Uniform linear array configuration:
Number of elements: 16
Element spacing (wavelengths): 0.75
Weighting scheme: exponential
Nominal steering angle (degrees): -15
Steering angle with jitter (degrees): -14.435
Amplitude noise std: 0.05
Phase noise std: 0.05

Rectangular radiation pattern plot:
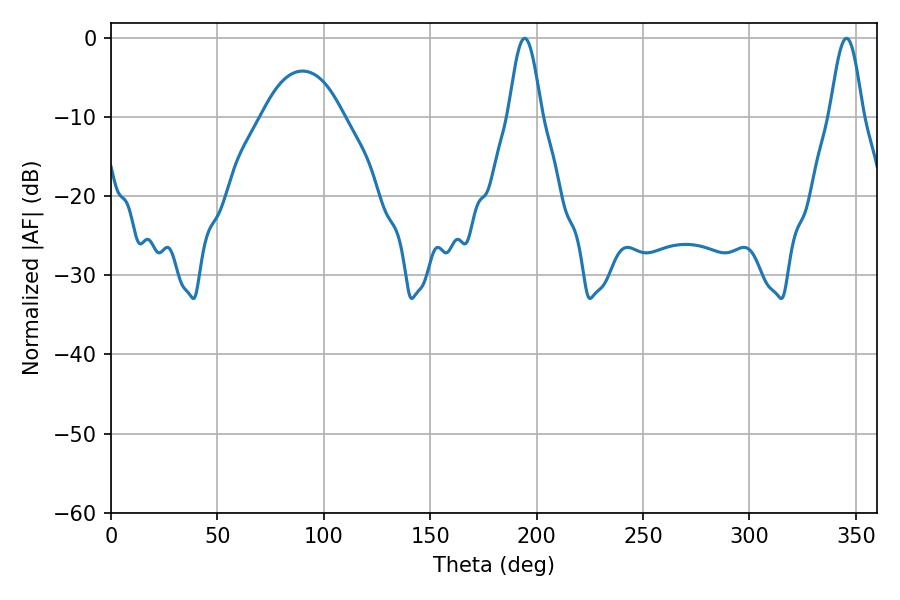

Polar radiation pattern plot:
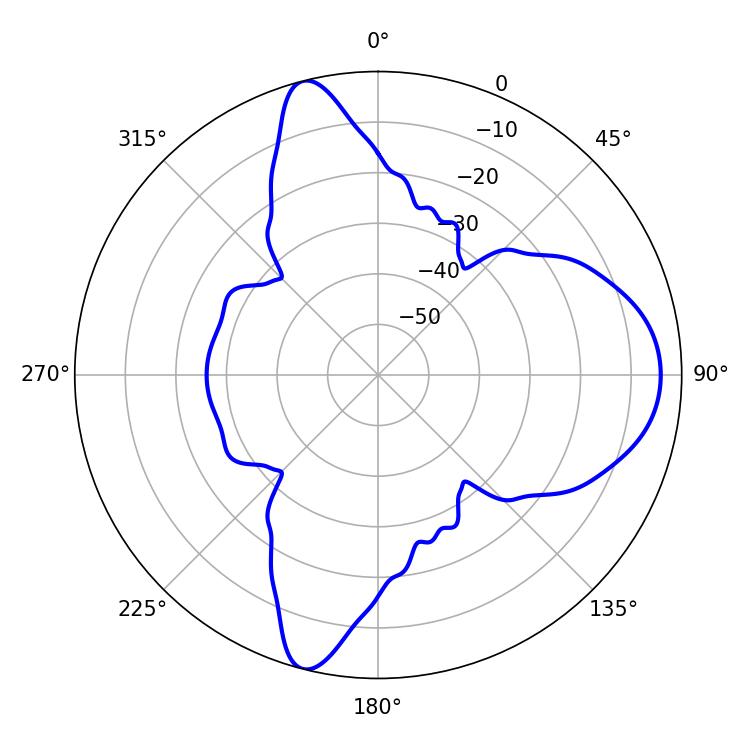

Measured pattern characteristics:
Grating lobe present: TRUE
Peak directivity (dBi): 12.197
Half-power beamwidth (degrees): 8.28
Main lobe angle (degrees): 345.6